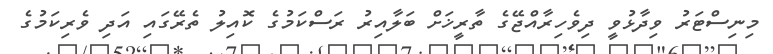
މިނިސްޓަރު ވިދާޅުވީ ދިވެހިރާއްޖޭގެ ތާރީޚަށް ބަލާއިރު ރަސްކަމުގެ ކޮއިލު ތެރޭގައި އަދި ވެރިކަމުގެ